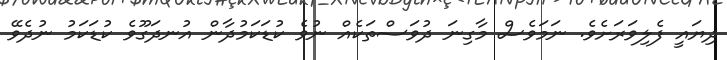
ދިޔައީ ފެލިވަރަށެވެ. ނަމަވެސް މާގިނަ ދުވަސްތަކެއް ނުވެ ކުޑަކަމުދާން އުނދަގޫވެ ކުޑަކަމު ނުދެވޭ